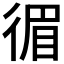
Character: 𢔰